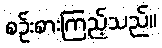
စဉ်းစားကြည့်သည်။